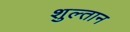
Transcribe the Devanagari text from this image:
शुल्तान